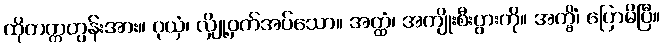
ထိုတက္ကတွန်းအား။ ဂုယှံ၊ လျှို့ဝှက်အပ်သော။ အတ္ထံ၊ အကျိုးစီးပွားကို။ အက္ခိံ၊ ပြောမိပြီ။